Civil Veterinary Department. United Provinces 1912-22 - 1912-1922
Year: 1912
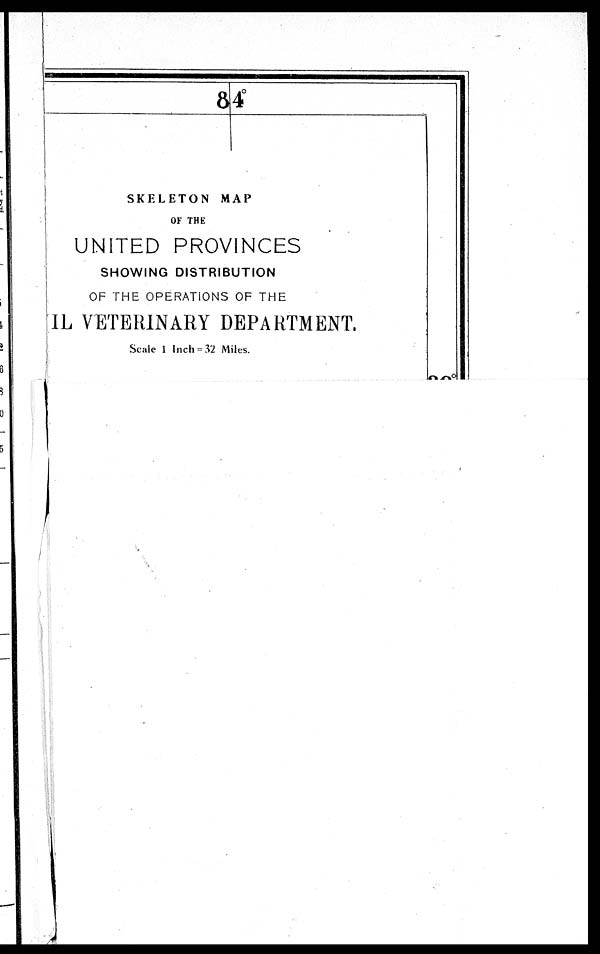
84°
SKELETON MAP
OF THE
UNITED PROVINCES
SHOWING DISTRIBUTION
OF THE OPERATIONS OF THE
CIVIL VETERINARY DEPARTMENT.
Scale 1 Inch = 32 Miles.